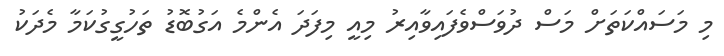
މި މަސައްކަތަށް މަސް ދުވަސްވެފައިވާއިރު މިއީ މިފަދަ އެންމެ އަގުބޮޑު ތަހުގީގުކަމާ މެދަކު